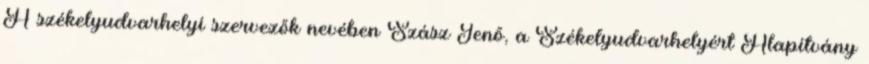
A székelyudvarhelyi szervezők nevében Szász Jenő, a Székelyudvarhelyért Alapítvány